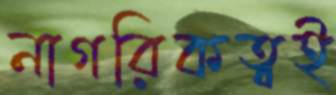
নাগরিকত্বই